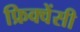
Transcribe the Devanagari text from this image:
फ्रिक्‍वेंसी